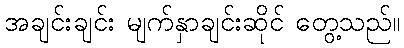
အချင်းချင်း မျက်နှာချင်းဆိုင် တွေ့သည်။